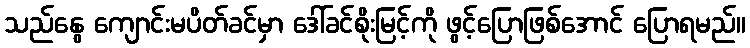
သည်နွေ ကျောင်းမပိတ်ခင်မှာ ဒေါ်ခင်စိုးမြင့်ကို ဖွင့်ပြောဖြစ်အောင် ပြောရမည်။